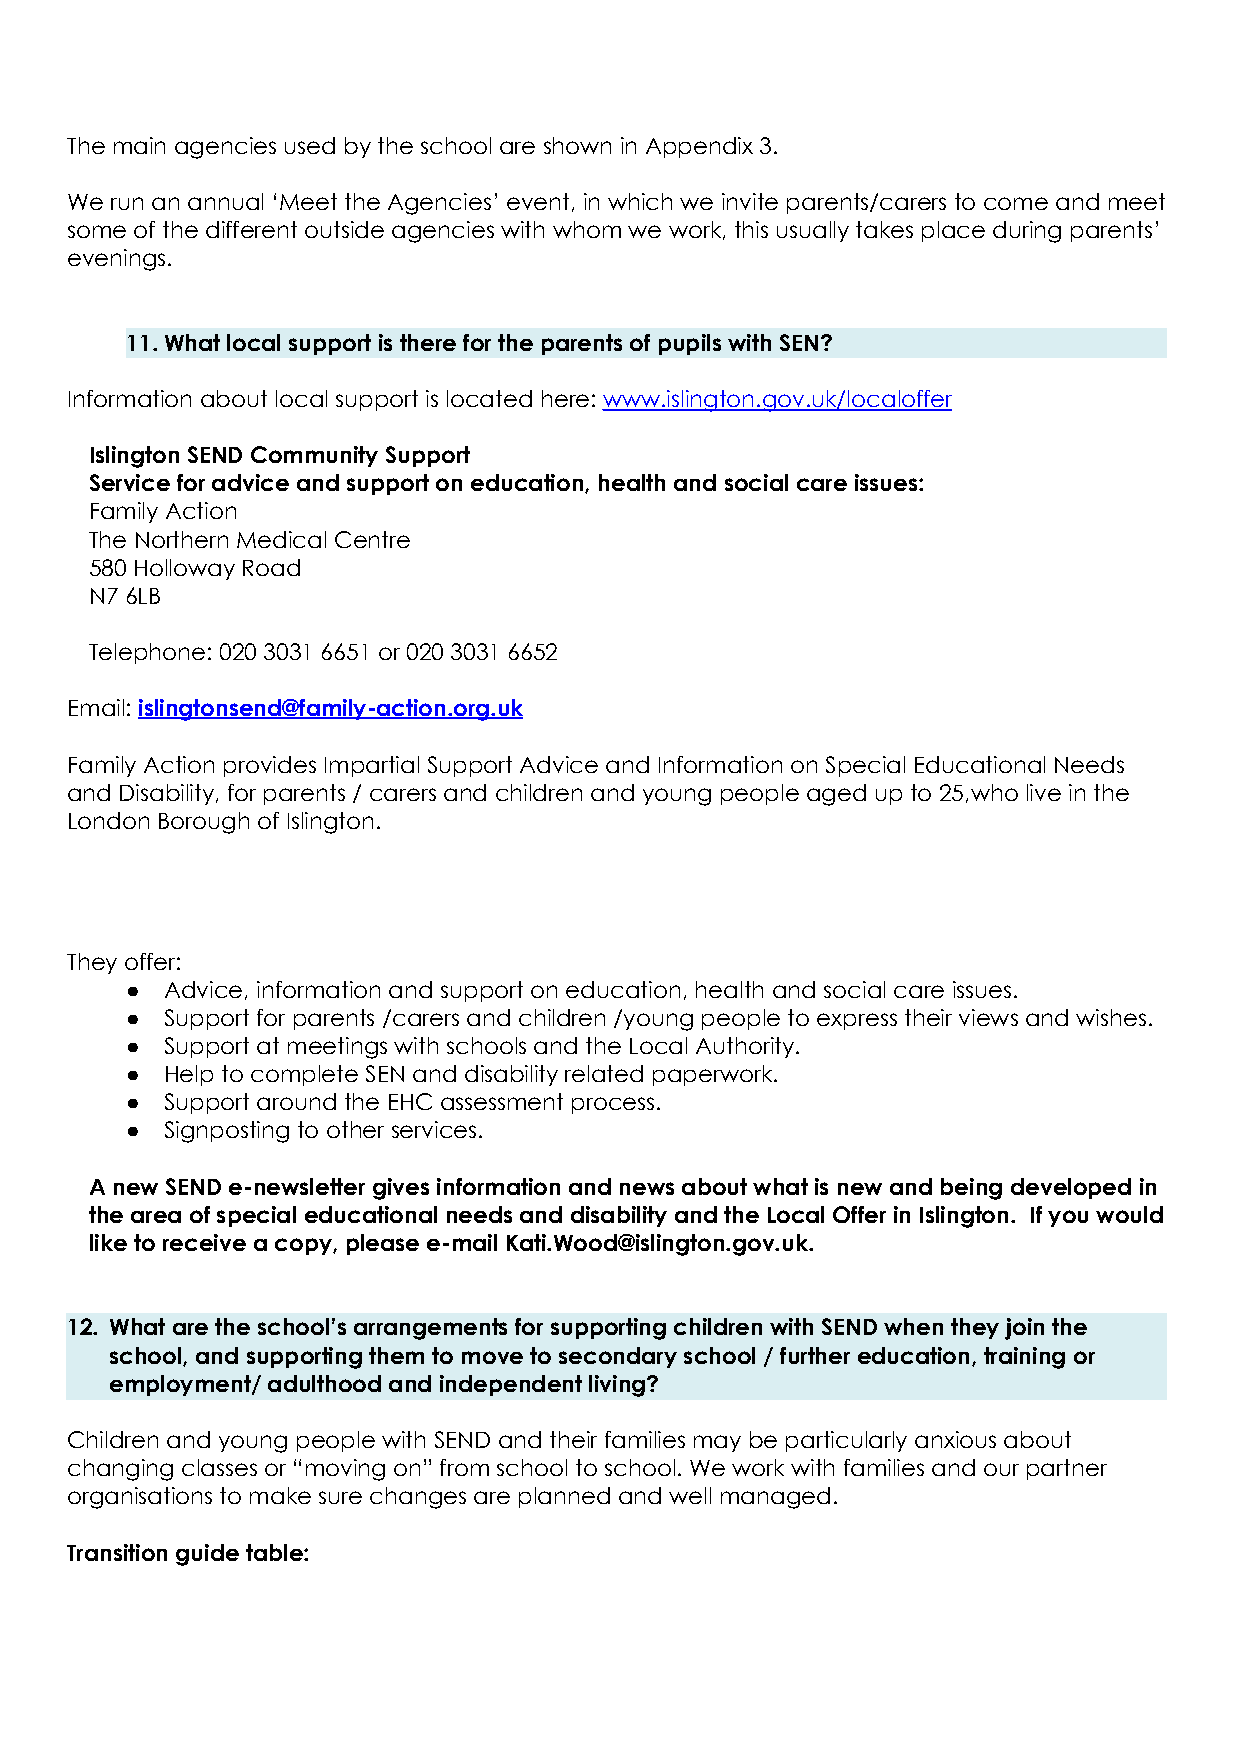
The main agencies used by the school are shown in Appendix 3.
 We run an annual ‘Meet the Agencies’ event, in which we invite parents/carers to come and meet
 some of the different outside agencies with whom we work, this usually takes place during parents’
 evenings.
 11.What local support is there for the parents of pupils with SEN?
 Information about local support is located here: www.islington.gov.uk/localoffer
 Islington SEND Community Support
 Service for advice and support on education, health and social care issues:
 Family Action
 The Northern Medical Centre
 580 Holloway Road
 N7 6LB
 Telephone: 020 3031 6651 or 020 3031 6652
 Email: islingtonsend@family-action.org.uk
 Family Action provides Impartial Support Advice and Information on Special Educational Needs
 and Disability, for parents / carers and children and young people aged up to 25,who live in the
 London Borough of Islington.
 They offer:
 ●  Advice, information and support on education, health and social care issues.
 ●  Support for parents /carers and children /young people to express their views and wishes.
 ●  Support at meetings with schools and the Local Authority.
 ●  Help to complete SEN and disability related paperwork.
 ●  Support around the EHC assessment process.
 ●  Signposting to other services.
 A new SEND e-newsletter gives information and news about what is new and being developed in
 the area of special educational needs and disability and the Local Offer in Islington. If you would
 like to receive a copy, please e-mail Kati.Wood@islington.gov.uk.
 12. What are the school’s arrangements for supporting children with SEND when they join the
 school, and supporting them to move to secondary school / further education, training or
 employment/ adulthood and independent living?
 Children and young people with SEND and their families may be particularly anxious about
 changing classes or “moving on” from school to school. We work with families and our partner
 organisations to make sure changes are planned and well managed.
 Transition guide table: